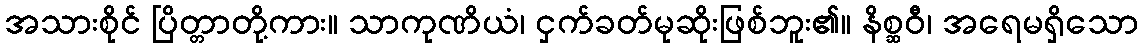
အသားစိုင် ပြိတ္တာတို့ကား။ သာကုဏိယံ၊ ငှက်ခတ်မုဆိုးဖြစ်ဘူး၏။ နိစ္ဆဝီ၊ အရေမရှိသော